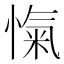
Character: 愾